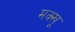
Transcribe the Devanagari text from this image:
मक्खू